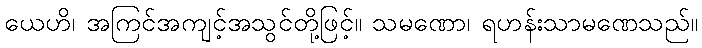
ယေဟိ၊ အကြင်အကျင့်အသွင်တို့ဖြင့်။ သမဏော၊ ရဟန်းသာမဏေသည်။